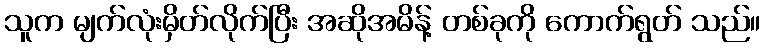
သူက မျက်လုံးမှိတ်လိုက်ပြီး အဆိုအမိန့် တစ်ခုကို ကောက်ရွတ် သည်။